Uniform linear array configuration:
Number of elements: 48
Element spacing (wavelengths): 0.5
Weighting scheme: cosine
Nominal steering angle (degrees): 15
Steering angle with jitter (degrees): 16.085
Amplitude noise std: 0.05
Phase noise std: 0.05

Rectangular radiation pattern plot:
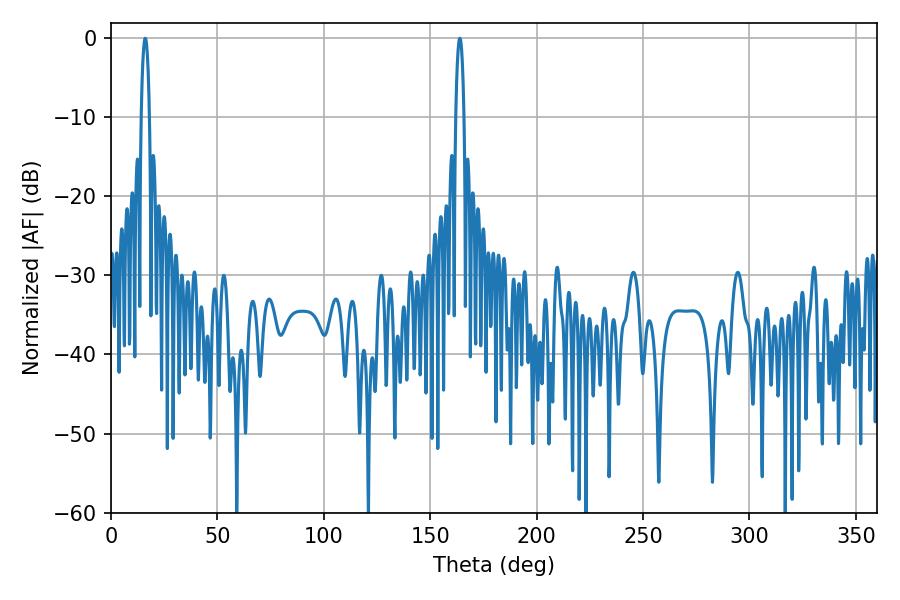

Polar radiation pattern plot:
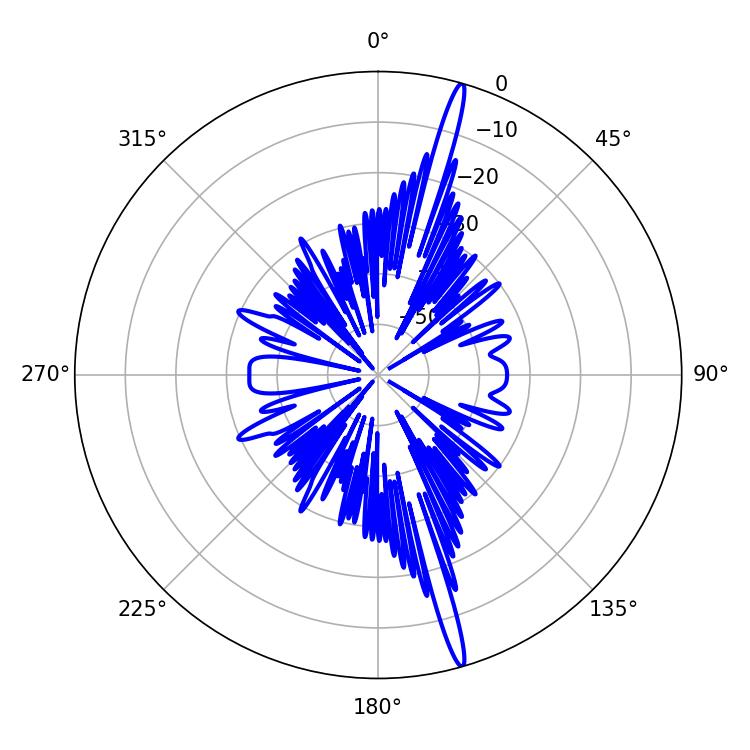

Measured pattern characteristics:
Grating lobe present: FALSE
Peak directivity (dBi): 19.188
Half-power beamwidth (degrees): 2.16
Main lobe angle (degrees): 16.02